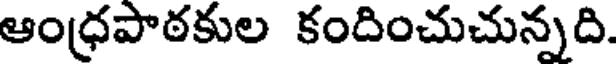
ఆంధ్రపాఠకుల కందించుచున్నది.